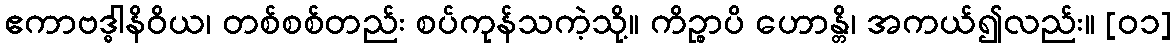
ဧကာဗဒ္ဓါနိဝိယ၊ တစ်စစ်တည်း စပ်ကုန်သကဲ့သို့။ ကိဉ္စာပိ ဟောန္တိ၊ အကယ်၍လည်း။ [၀၁]